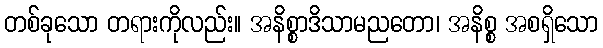
တစ်ခုသော တရားကိုလည်း။ အနိစ္စာဒိသာမညတော၊ အနိစ္စ အစရှိသော